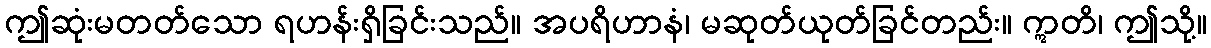
ဤဆုံးမတတ်သော ရဟန်းရှိခြင်းသည်။ အပရိဟာနံ၊ မဆုတ်ယုတ်ခြင်တည်း။ ဣတိ၊ ဤသို့။